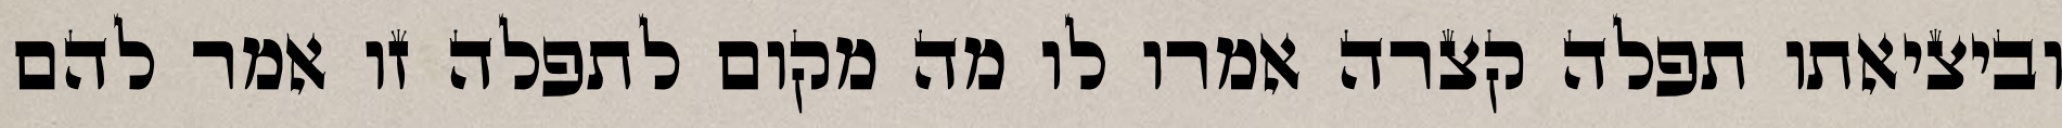
וביציאתו תפלה קצרה אמרו לו מה מקום לתפלה זו אמר להם